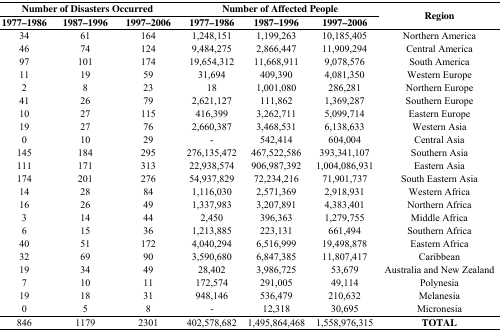
<table><thead><tr><td colspan="3"><b>Number of Disasters Occurred</b></td><td colspan="3"><b>Number of Affected People</b></td><td rowspan="2"><b>Region</b></td></tr><tr><td><b>1977–1986</b></td><td><b>1987–1996</b></td><td><b>1997–2006</b></td><td><b>1977–1986</b></td><td><b>1987–1996</b></td><td><b>1997–2006</b></td></tr></thead><tbody><tr><td>34</td><td>61</td><td>164</td><td>1,248,151</td><td>1,199,263</td><td>10,185,405</td><td>Northern America</td></tr><tr><td>46</td><td>74</td><td>124</td><td>9,484,275</td><td>2,866,447</td><td>11,909,294</td><td>Central America</td></tr><tr><td>97</td><td>101</td><td>174</td><td>19,654,312</td><td>11,668,911</td><td>9,078,576</td><td>South America</td></tr><tr><td>11</td><td>19</td><td>59</td><td>31,694</td><td>409,390</td><td>4,081,350</td><td>Western Europe</td></tr><tr><td>2</td><td>8</td><td>23</td><td>18</td><td>1,001,080</td><td>286,281</td><td>Northern Europe</td></tr><tr><td>41</td><td>26</td><td>79</td><td>2,621,127</td><td>111,862</td><td>1,369,287</td><td>Southern Europe</td></tr><tr><td>10</td><td>27</td><td>115</td><td>416,399</td><td>3,262,711</td><td>5,099,714</td><td>Eastern Europe</td></tr><tr><td>19</td><td>27</td><td>76</td><td>2,660,387</td><td>3,468,531</td><td>6,138,633</td><td>Western Asia</td></tr><tr><td>0</td><td>10</td><td>29</td><td>-</td><td>542,414</td><td>604,004</td><td>Central Asia</td></tr><tr><td>145</td><td>184</td><td>295</td><td>276,135,472</td><td>467,522,586</td><td>393,341,107</td><td>Southern Asia</td></tr><tr><td>111</td><td>171</td><td>313</td><td>22,938,574</td><td>906,987,392</td><td>1,004,086,931</td><td>Eastern Asia</td></tr><tr><td>174</td><td>201</td><td>276</td><td>54,937,829</td><td>72,234,216</td><td>71,901,737</td><td>South Eastern Asia</td></tr><tr><td>14</td><td>28</td><td>84</td><td>1,116,030</td><td>2,571,369</td><td>2,918,931</td><td>Western Africa</td></tr><tr><td>16</td><td>26</td><td>49</td><td>1,337,983</td><td>3,207,891</td><td>4,383,401</td><td>Northern Africa</td></tr><tr><td>3</td><td>14</td><td>44</td><td>2,450</td><td>396,363</td><td>1,279,755</td><td>Middle Africa</td></tr><tr><td>6</td><td>15</td><td>36</td><td>1,213,885</td><td>223,131</td><td>661,494</td><td>Southern Africa</td></tr><tr><td>40</td><td>51</td><td>172</td><td>4,040,294</td><td>6,516,999</td><td>19,498,878</td><td>Eastern Africa</td></tr><tr><td>32</td><td>69</td><td>90</td><td>3,590,680</td><td>6,847,385</td><td>11,807,417</td><td>Caribbean</td></tr><tr><td>19</td><td>34</td><td>49</td><td>28,402</td><td>3,986,725</td><td>53,679</td><td>Australia and New Zealand</td></tr><tr><td>7</td><td>10</td><td>11</td><td>172,574</td><td>291,005</td><td>49,114</td><td>Polynesia</td></tr><tr><td>19</td><td>18</td><td>31</td><td>948,146</td><td>536,479</td><td>210,632</td><td>Melanesia</td></tr><tr><td>0</td><td>5</td><td>8</td><td>-</td><td>12,318</td><td>30,695</td><td>Micronesia</td></tr><tr><td>846</td><td>1179</td><td>2301</td><td>402,578,682</td><td>1,495,864,468</td><td>1,558,976,315</td><td><b>TOTAL</b></td></tr></tbody></table>